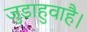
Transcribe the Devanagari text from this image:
जुडाहुवाहै।